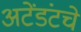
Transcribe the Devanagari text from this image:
अटेंडंटचे